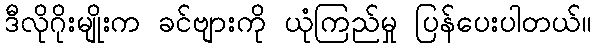
ဒီလိုဂိုးမျိုးက ခင်ဗျားကို ယုံကြည်မှု ပြန်ပေးပါတယ်။